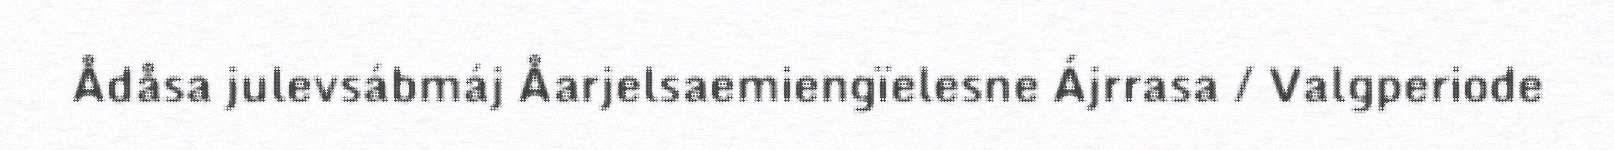
Ådåsa julevsábmáj Åarjelsaemiengïelesne Ájrrasa / Valgperiode